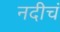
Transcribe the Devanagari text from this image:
नदीचं